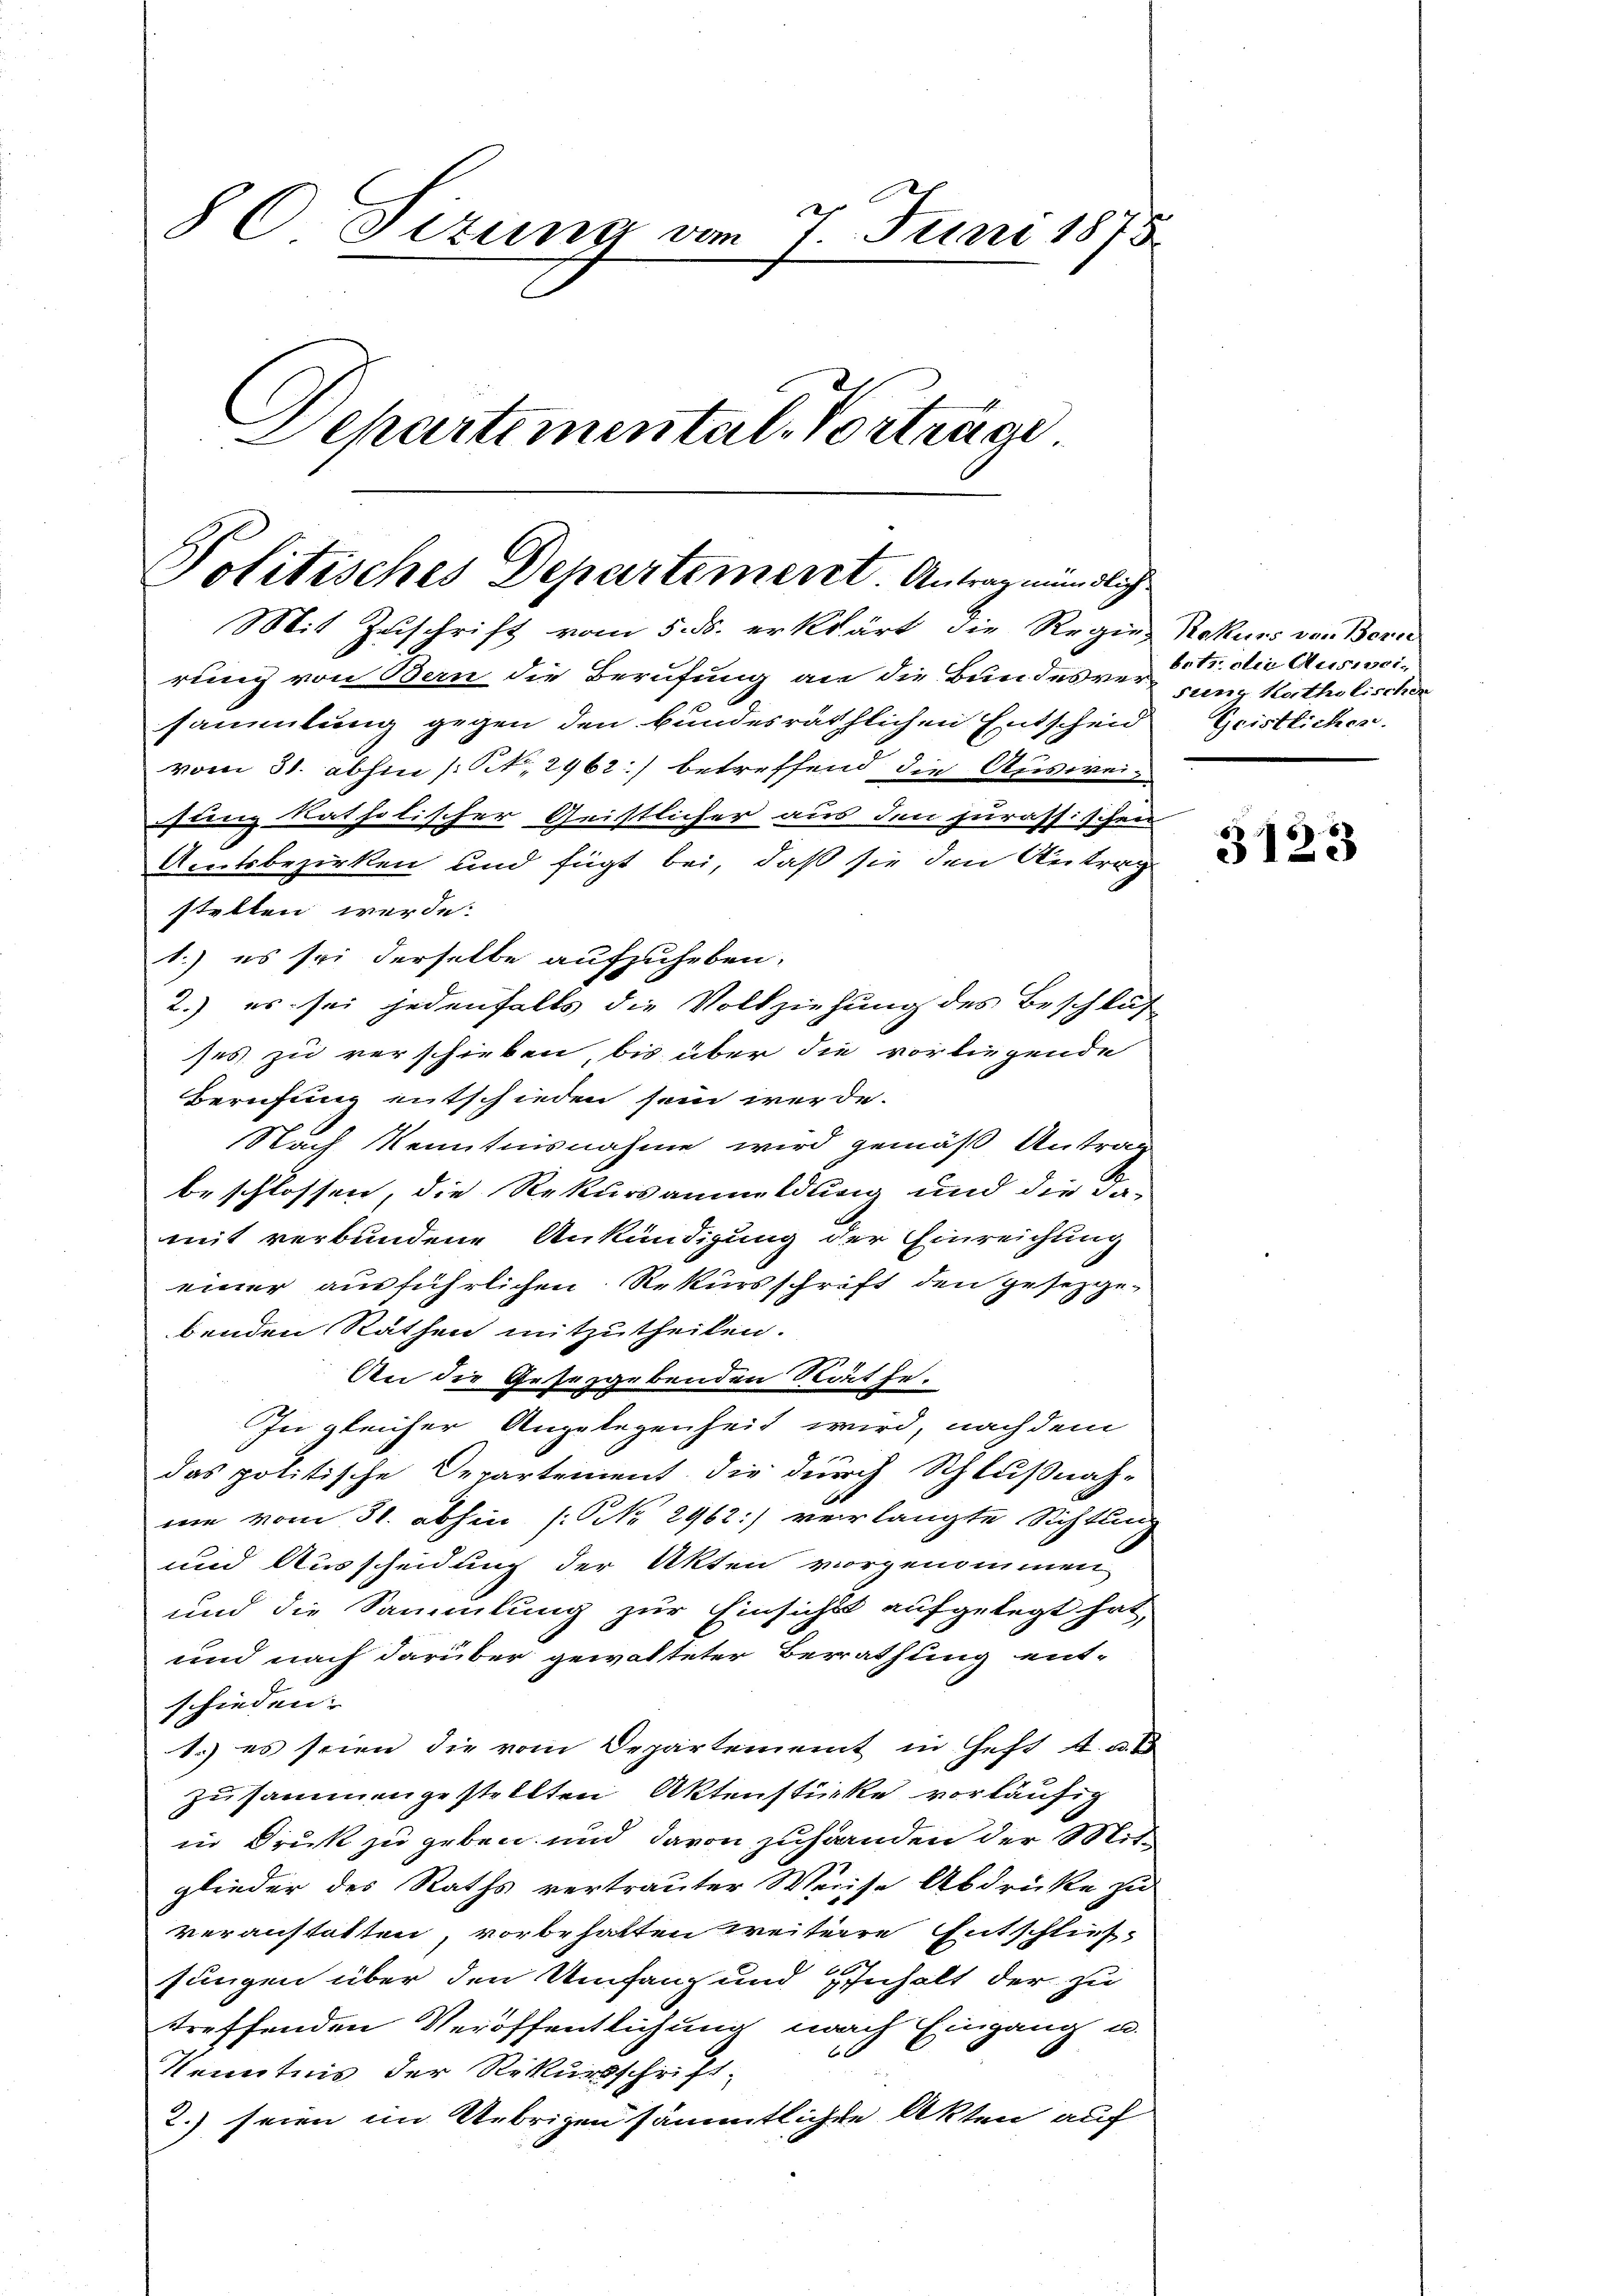
§ C Sizung vom 7. Juni 1875.
E
Departemental-Vorträge.

Politisches Departement Antrag mündliche
Mit Zuschrift vom 5. ds. erklärt, die Regier Rekurs den Bern

rung von Bern die Berufung an die Bundesvertr. die Ausweisammlung gegen den bundesräthlichen Entscheid
vom 31. abhin (S. 2962) betreffend die Ausweis
sunz katholischer Geistlicher aus den jurassischen
Amtsbezirken und fügt bei, daß sie den Antrag
stellen werde.
1.) es sei derselbe aufzuheben.
2.) es sei jedenfalls die Vollziehung des Beschluß
ses zu verschieben, bis über die vorliegende
Berufung entschieden sein werde.
Nach Kenntnisnahme wird gemäß Antrag
beschlossen, die Rekursanmeldung und die da-
mit verbundene Ankündigung der Einreichung
einer ausführlichen Rekursschrift den gesezge-
benden Räthen mitzutheilen.
An die Gesetzgebenden Räthe.
In gleicher Angelegenheit wird, nach dem
das politische Departement die durch Schlußnah-
me vom 31. abhin (NNo. 2962:) verlangte Sichtung
und Ausscheidung der Akten vorgenommen
und die Sammlung zur Einsicht aufgelegt hat,
und nach darüber gewalteter Berathung ent-
schieden:
1.) es seien die vom Departement in Geht a. a.
zusammengestellten Aktenstücke vorläufig
in Druk zu geben und davon zuhanden der Mitglieder des Raths vertrauter Weise Abdrücke zu
veranstatten, vorbehalten weitere Entschließsungen über den Umfang und Inhalt der zu
treffenden Veröffentlichung nach Eingang u.
b
Kenntnis der Rekursschrift-
2.) seien im Uebrigen sämmtlichen Akten auf

sung Katholischen
Geistlichen.

3123